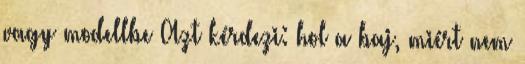
vagy modellbe Azt kérdezi: hol a baj, miért nem